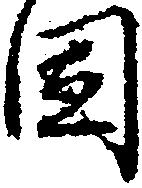
固